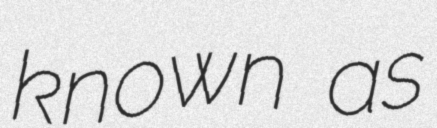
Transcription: known as